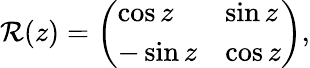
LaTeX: \mathcal{R}(z)=\left(\begin{array}{ll}{\cos z}&{\sin z}\\ {-\sin z}&{\cos z}\end{array}\right),